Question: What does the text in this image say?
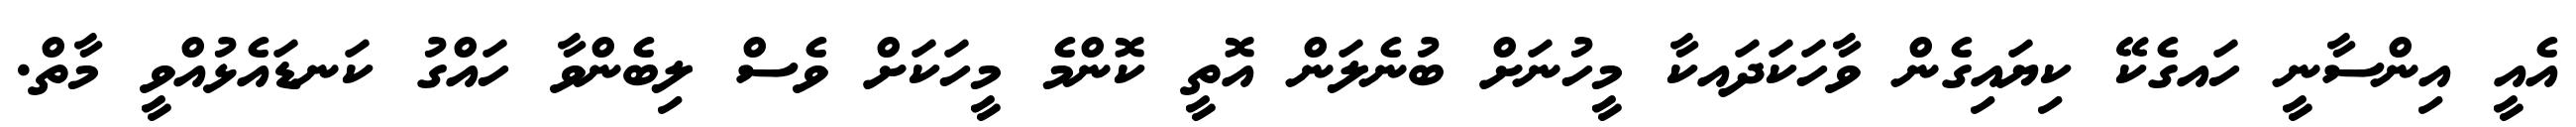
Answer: އެއީ އިންސާނީ ހައގެކޭ ކިޔައިގެން ވާހަކަދައކާ މީހުނަށް ބުނެލަން އޮތީ ކޮންމެ މީހަކަށް ވެސް ލިބެންވާ ހައްގު ކަނޑައެޅުއްވީ މާތް.